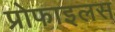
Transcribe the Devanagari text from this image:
प्रोफाइलस